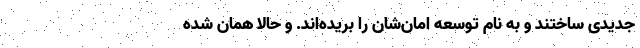
جدیدی ساختند و به نامِ توسعه امان‌شان را بریده‌اند. و حالا همان شده